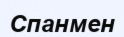
Спанмен